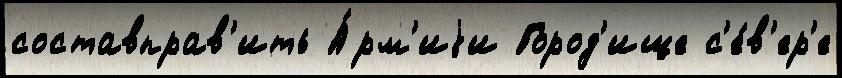
составправ'ить А́рм'иjи Город'ище с'е́в'ер'е